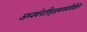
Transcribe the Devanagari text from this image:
अभ्यर्थनापिमुखभावमशिक्षितेन